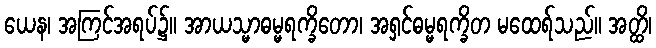
ယေန၊ အကြင်အရပ်၌။ အာယသ္မာဓမ္မရက္ခိတော၊ အရှင်ဓမ္မရက္ခိတ မထေရ်သည်။ အတ္ထိ၊